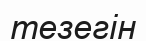
тезегін